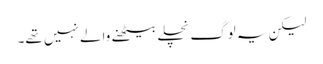
لیکن یہ لوگ نچلے بیٹھنے والے نہیں تھے۔